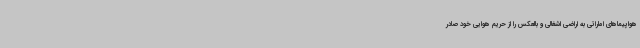
هواپیماهای اماراتی به اراضی اشغالی و بالعکس را از حریم هوایی خود صادر